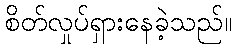
စိတ်လှုပ်ရှားနေခဲ့သည်။